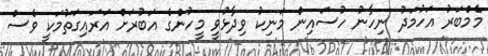
މެމްބަރު އަހުމަދު ނިހާނު ހުސައިން މަނިކު ވިދާޅުވީ މީހުންގެ އަބުރަށް އަރައިގަތުމަކީ ވެސް